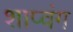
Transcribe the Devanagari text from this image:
शाप्वंग